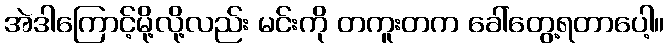
အဲဒါကြောင့်မို့လို့လည်း မင်းကို တကူးတက ခေါ်တွေ့ရတာပေါ့။